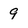
Character: 9